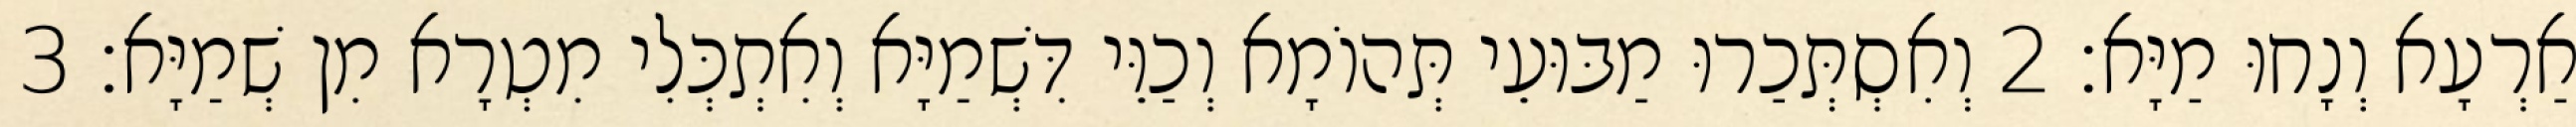
אַרְעָא וְנָחוּ מַיָּא׃ 2 וְאִסְתְּכַרוּ מַבּוּעֵי תְּהוֹמָא וְכַוֵּי דִּשְׁמַיָּא וְאִתְכְּלִי מִטְרָא מִן שְׁמַיָּא׃ 3